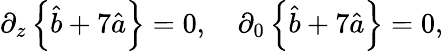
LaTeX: \partial_{z}\left\{ \hat{b}+7\hat{a}\right\} =0,\quad\partial_{0}\left\{ \hat{b}+7\hat{a}\right\} =0,